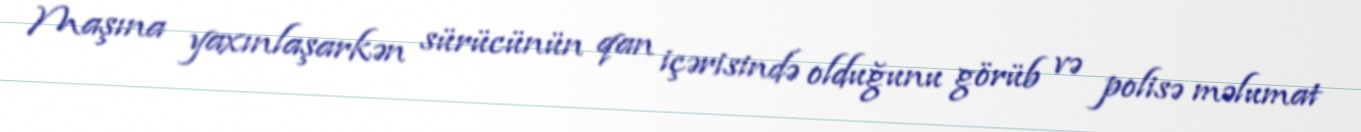
Maşına yaxınlaşarkən sürücünün qan içərisində olduğunu görüb və polisə məlumat